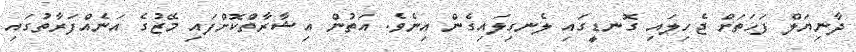
ދާނިޔަލް ފަހަތަށް ޖެހިލައި ގޮނޑީގައި ލެނގިލައިގެން އިނެވެ. އަތުން އިޝާރާތްކޮށްފައި މޭޒުގެ އަނެއްފަރާތުގައި